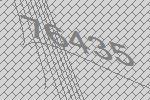
76435